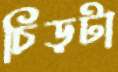
চিড়টা